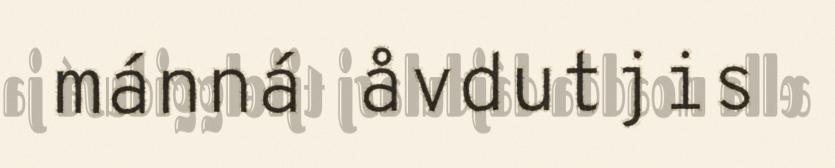
mánná åvdutjis